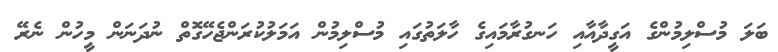
ބަލަ މުސްލިމުންގެ އަގީދާއާއި ހަނގުރާމައިގެ ހާލަތުގައި މުސްލިމުން އަމަލުކުރަންޖެހޭގޮތް ނުދަނަން މީހުން ނެރޭ